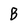
Character: B